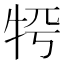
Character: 𤙀